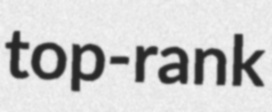
top-rank